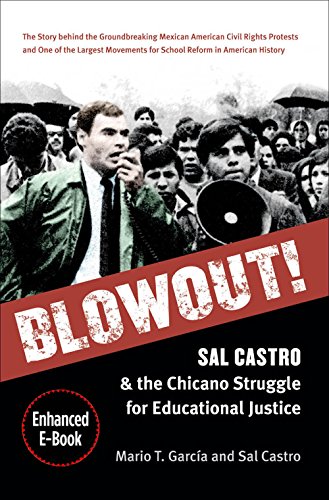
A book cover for Blowout!: Sal Castro and the Chicano Struggle for Educational Justice; Mario T. GarcÃ­a; Biographies & Memoirs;